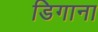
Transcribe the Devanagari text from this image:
डिगाना